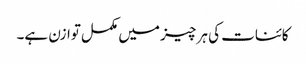
کائنات کی ہر چیز میں مکمل توازن ہے۔